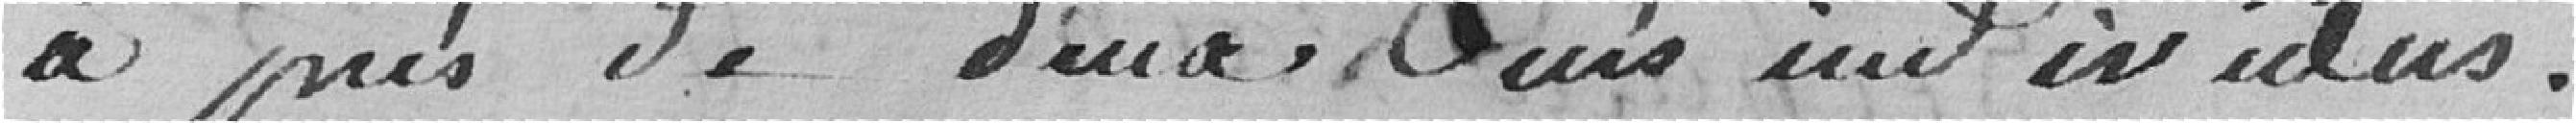
à près de deux cents individus.